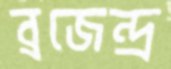
ব্রজেন্দ্র